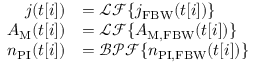
\begin{array} { r l } { j ( t [ i ] ) } & { = \mathcal { L F } \{ j _ { \mathrm { F B W } } ( t [ i ] ) \} } \\ { A _ { \mathrm { M } } ( t [ i ] ) } & { = \mathcal { L F } \{ A _ { \mathrm { M , F B W } } ( t [ i ] ) \} } \\ { n _ { \mathrm { P I } } ( t [ i ] ) } & { = \mathcal { B P F } \{ n _ { \mathrm { P I , F B W } } ( t [ i ] ) \} } \end{array}